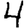
Digit: 4